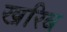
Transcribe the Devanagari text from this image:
खरिब